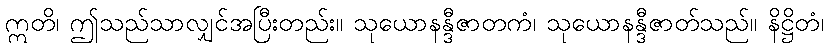
ဣတိ၊ ဤသည်သာလျှင်အပြီးတည်း။ သုယောနန္ဒီဇာတကံ၊ သုယောနန္ဒီဇာတ်သည်။ နိဋ္ဌိတံ၊